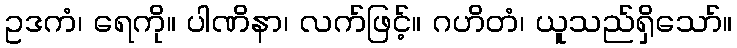
ဥဒကံ၊ ရေကို။ ပါဏိနာ၊ လက်ဖြင့်။ ဂဟိတံ၊ ယူသည်ရှိသော်။